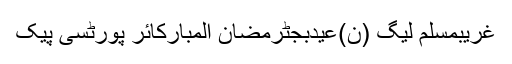
غریبمسلم لیگ (ن)عیدبجٹرمضان المبارکائر پورٹسی پیک